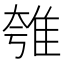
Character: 𨾺